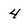
Character: 4